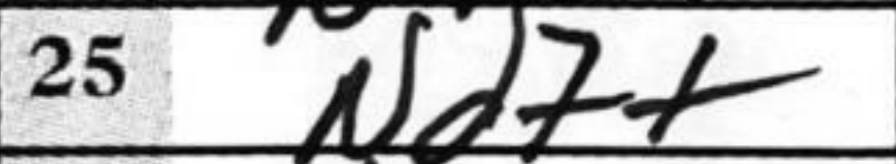
Transcription: Nd7+